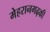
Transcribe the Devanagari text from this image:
मेहरानगढ़की